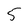
Character: 5